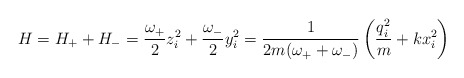
\begin{align*}H = H_+ + H_- = \frac{\omega_+}{2} z_i^2 + \frac{\omega_-}{2}y_i^2 = \frac{1}{2m(\omega_+ + \omega_-)} \left(\frac{q_i^2}{m} + kx_i^2 \right)\end{align*}